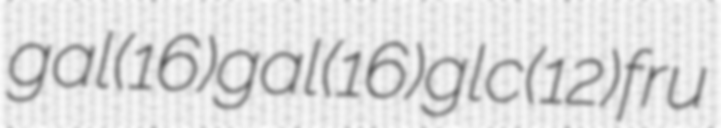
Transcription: gal(α1→6)gal(α1→6)glc(α1↔2β)fru